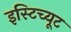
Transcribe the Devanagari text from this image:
इस्‍टिच्‍यूट